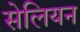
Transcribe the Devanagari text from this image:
सेलियन